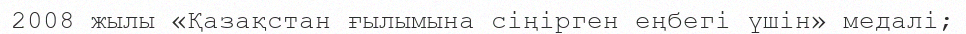
2008 жылы «Қазақстан ғылымына сіңірген еңбегі үшін» медалі;